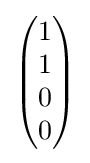
{\begin{pmatrix}1\\1\\0\\0\end{pmatrix}}